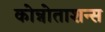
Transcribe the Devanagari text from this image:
कोन्नोताशन्स